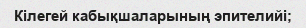
Кілегей кабықшаларының эпителийі;